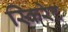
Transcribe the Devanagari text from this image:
स्किरेट